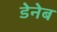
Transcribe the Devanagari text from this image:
डेनेब